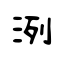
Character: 洌